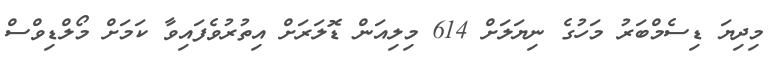
މިދިޔަ ޑިސެމްބަރު މަހުގެ ނިޔަލަށް 614 މިލިއަން ޑޮލަރަށް އިތުރުވެފައިވާ ކަމަށް މޯލްޑިވްސް